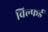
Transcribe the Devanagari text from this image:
विल्फर्ड